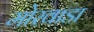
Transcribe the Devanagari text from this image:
मोरवाडा